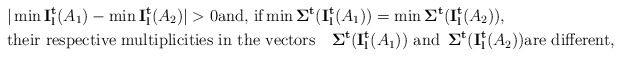
\begin{align*}&\vert \min {\bf I_l^t}(A_1)-\min {\bf I_l^t}(A_2)\vert>0 \hbox{and, if} \min {\bf \Sigma^t}({\bf I_l^t}(A_1))=\min {\bf \Sigma^t}({\bf I_l^t}(A_2)),\\ &\hbox{their respective multiplicities in the vectors}\quad{\bf \Sigma^t}({\bf I_l^t}(A_1))\,\,\hbox{and}\,\,\, {\bf \Sigma^t}({\bf I_l^t}(A_2)) \hbox{are different,}\end{align*}